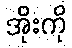
အိုးကို